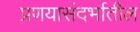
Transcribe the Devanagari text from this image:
प्रणयासंदर्भातील